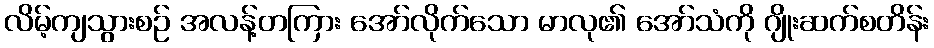
လိမ့်ကျသွားစဉ် အလန့်တကြား အော်လိုက်သော မာလု၏ အော်သံကို ဂျိုးဆက်စတိန်း